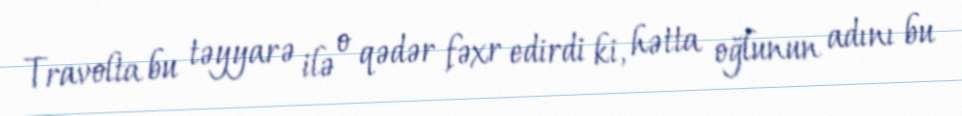
Travolta bu təyyarə ilə o qədər fəxr edirdi ki, hətta oğlunun adını bu